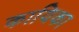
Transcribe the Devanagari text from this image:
कायिका